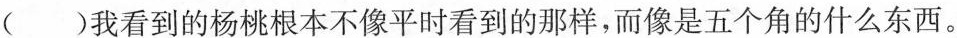
()我看到的杨桃根本不像平时看到的那样，而像是五个角的什么东西。